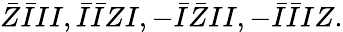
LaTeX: \bar{Z}\bar{I}II,\bar{I}\bar{I}ZI,-\bar{I}\bar{Z}II,-\bar{I}\bar{I}IZ.